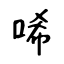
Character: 唏